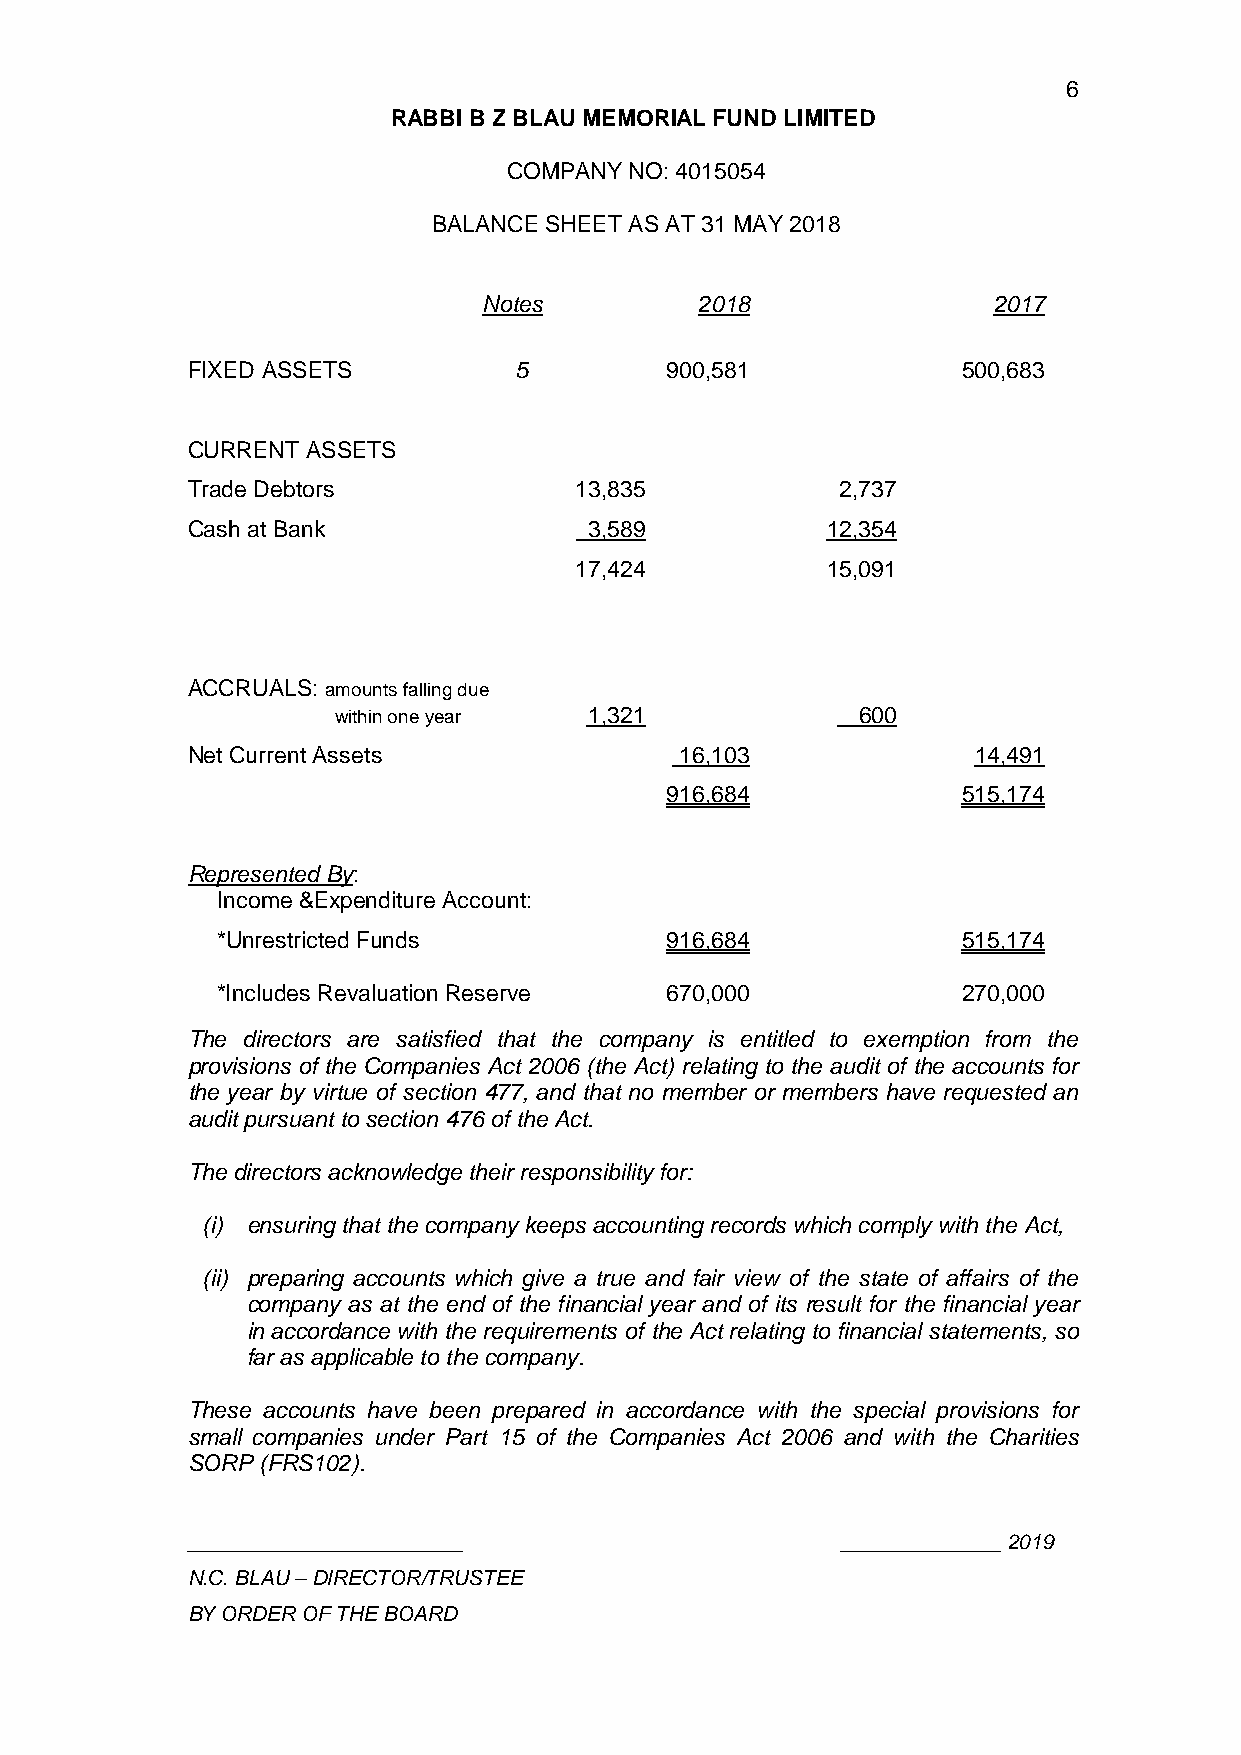
6
 RABBI B Z BLAU MEMORIAL FUND LIMITED
 COMPANY NO: 4015054
 BALANCE SHEET AS AT 31 MAY 2018
 Notes         2018                2017
 FIXED ASSETS          5         900,581             500,683
 CURRENT ASSETS
 Trade Debtors             13,835            2,737
 Cash at Bank               3,589           12,354
 17,424           15,091
 ACCRUALS: amounts falling due
 within one year  1,321             600
 Net Current Assets               16,103             14,491
 916,684             515,174
 Represented By:
 Income &Expenditure Account:
 *Unrestricted Funds           916,684             515,174
 *Includes Revaluation Reserve 670,000             270,000
 The directors are satisfied that the company is entitled to exemption from the
 provisions of the Companies Act 2006 (the Act) relating to the audit of the accounts for
 the year by virtue of section 477, and that no member or members have requested an
 audit pursuant to section 476 of the Act.
 The directors acknowledge their responsibility for:
 (i) ensuring that the company keeps accounting records which comply with the Act,
 (ii) preparing accounts which give a true and fair view of the state of affairs of the
 company as at the end of the financial year and of its result for the financial year
 in accordance with the requirements of the Act relating to financial statements, so
 far as applicable to the company.
 These accounts have been prepared in accordance with the special provisions for
 small companies under Part 15 of the Companies Act 2006 and with the Charities
 SORP (FRS102).
 ________________________                    ______________ 2019
 N.C. BLAU – DIRECTOR/TRUSTEE
 BY ORDER OF THE BOARD